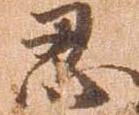
忍